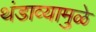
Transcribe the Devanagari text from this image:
थंडाव्यामुळे